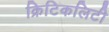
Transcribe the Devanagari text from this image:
क्रिटिकलिटी